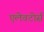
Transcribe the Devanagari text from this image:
एलेवटोर्स